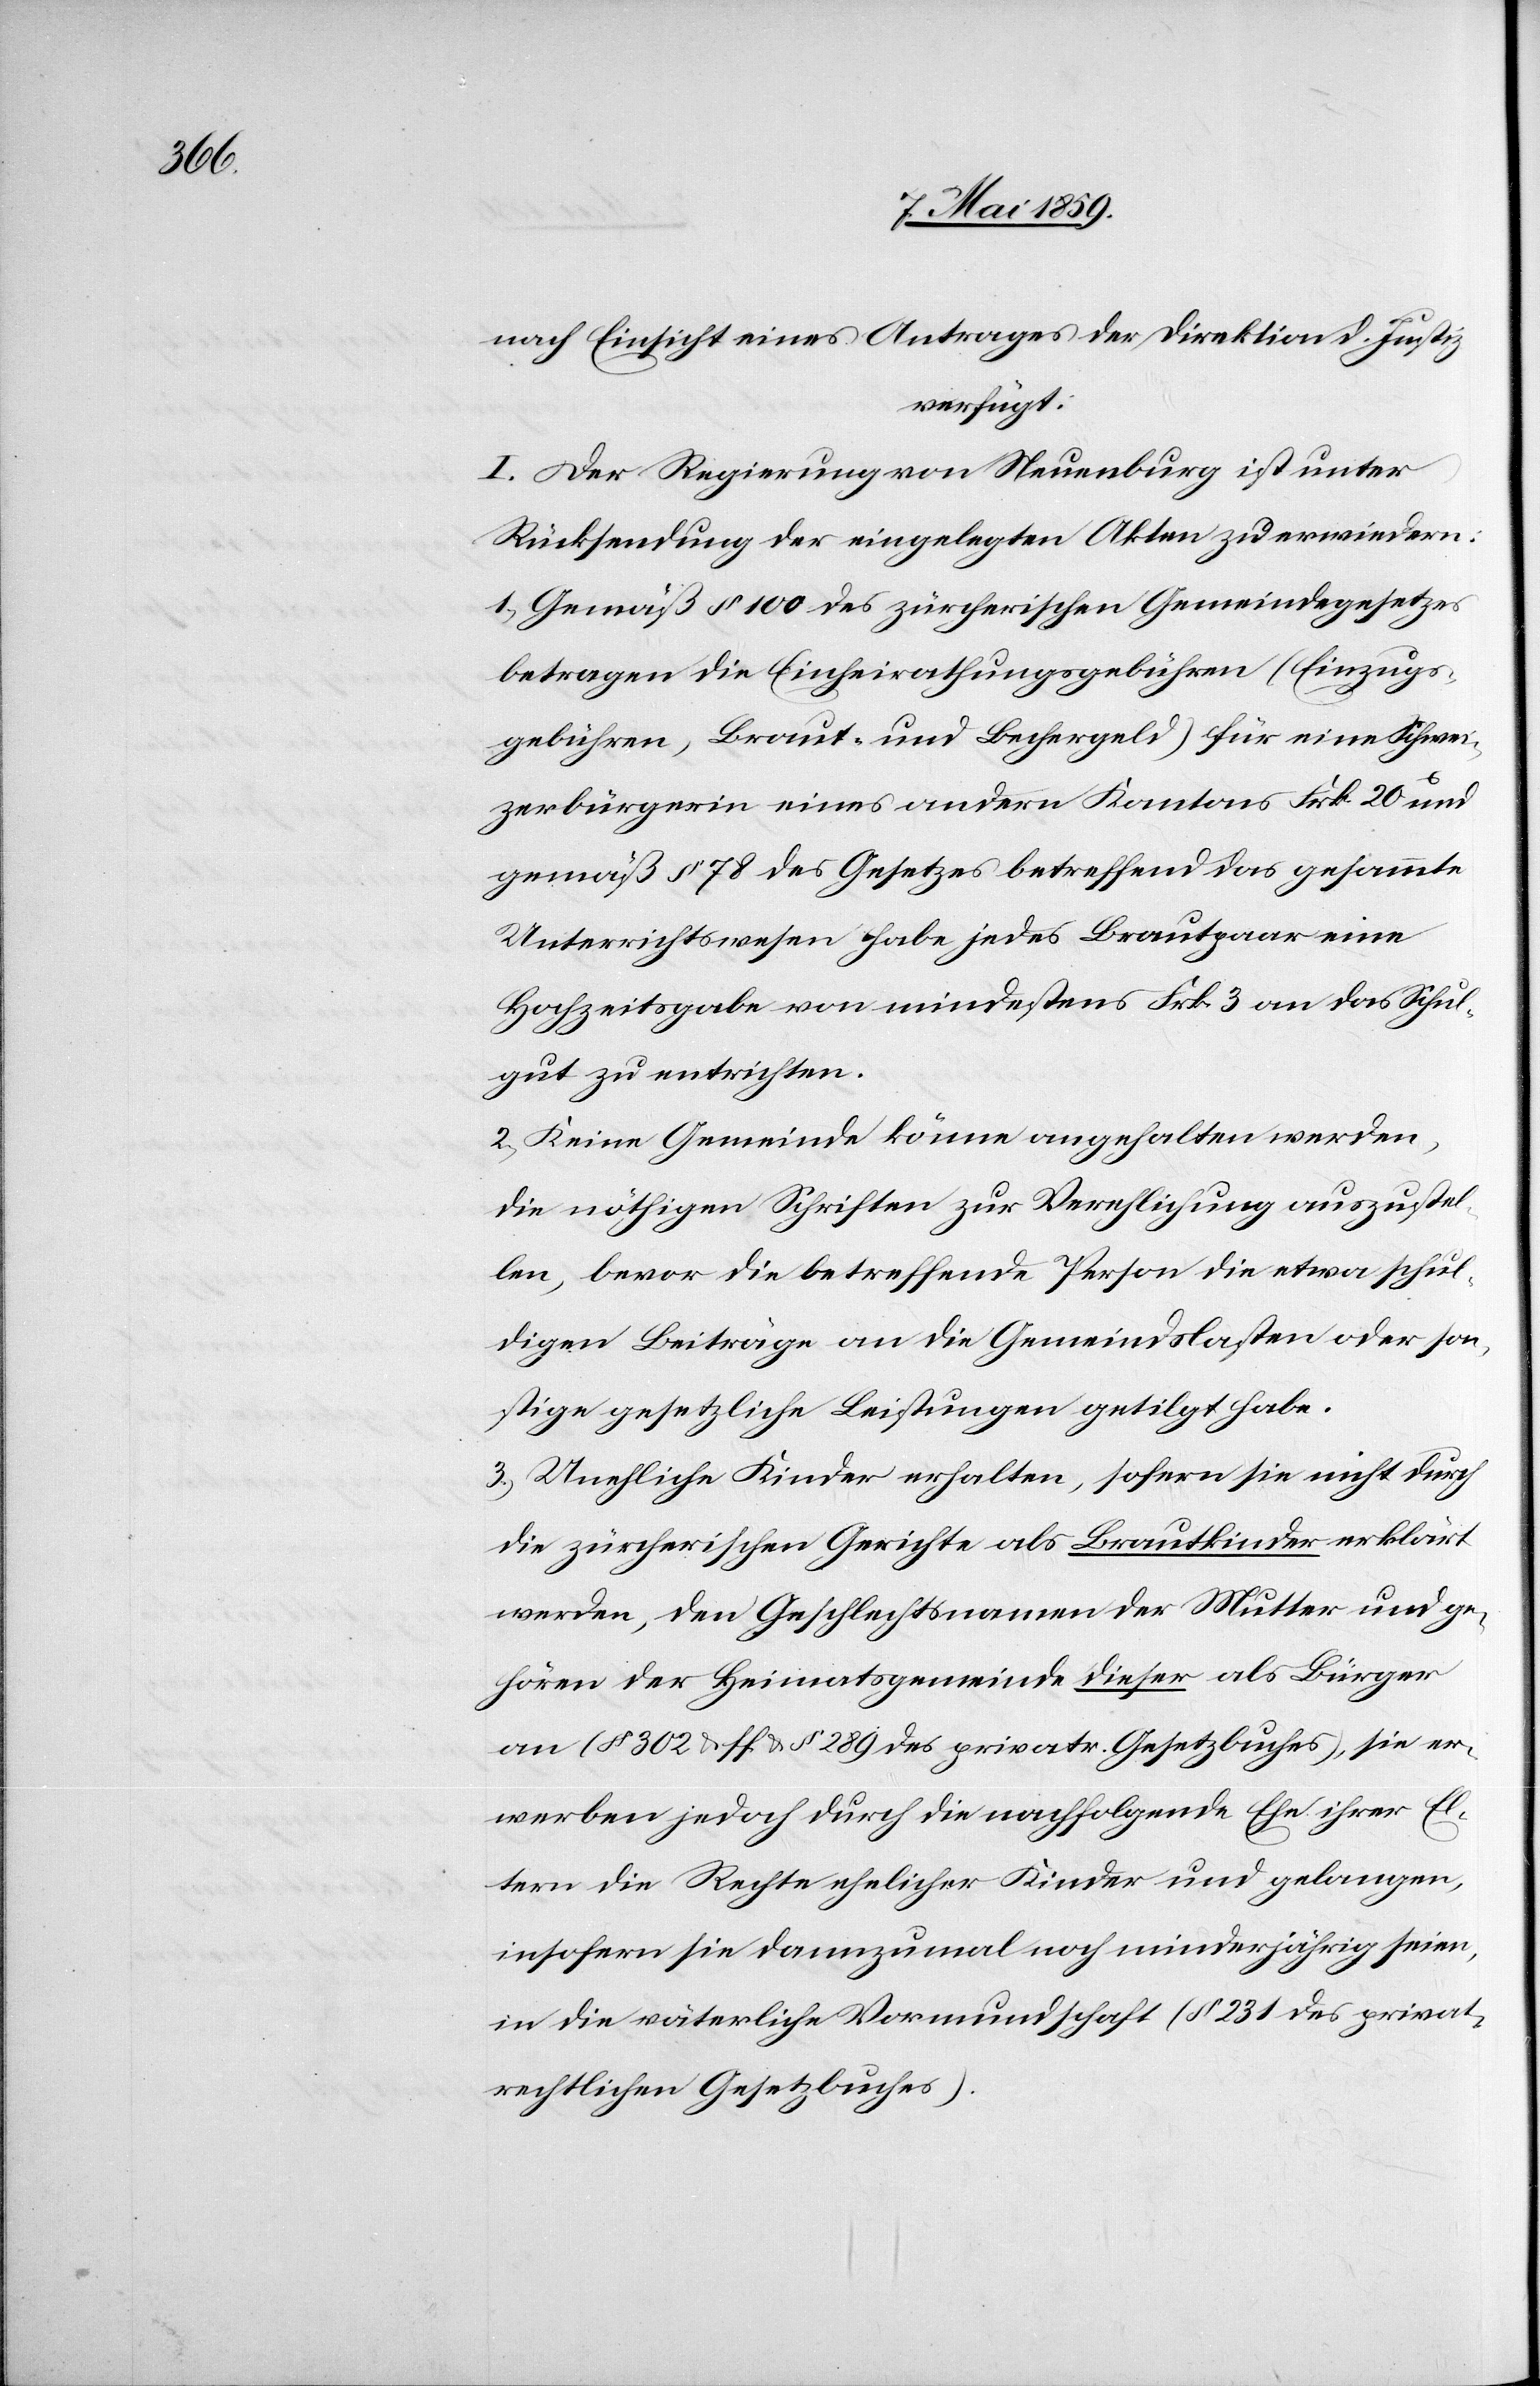
nach Einsicht eines Antrages der Direktion d. Justiz
verfügt:
I. Der Regierung von Neuenburg ist unter
Rücksendung der eingelegten Akten zu erwiedern:
1) Gemäß § 100 des zürcherischen Gemeindegesetzes
betragen die Einheirathungsgebühren (Einzugs¬
gebühren, Braut- und Bechergeld) für eine Schwei¬
zerbürgerin eines andern Kantons Frk. 20 und
gemäß § 78 des Gesetzes betreffend das gesammte
Unterrichtswesen habe jedes Brautpaar eine
Hochzeitsgabe von mindestens Frk. 3 an das Schul¬
gut zu entrichten.
2) Keine Gemeinde könne angehalten werden,
die nöthigen Schriften zur Verehlichung auszustel¬
len, bevor die betreffende Person die etwa schul¬
digen Beiträge an die Gemeindslasten oder son¬
stige gesetzliche Leistung getilgt habe.
3) Unehliche Kinder erhalten, sofern sie nicht durch
die zürcherischen Gerichte als Brautkinder erklärt
werden, den Geschlechtsnamen der Mutter und ge¬
hören der Heimatsgemeinde dieser als Bürger
an (§ 302 & ff & § 289 des privatr. Gesetzbuches), sie er¬
werben jedoch durch die nachfolgende Ehe ihrer El¬
tern die Rechte ehelicher Kinder und gelangen,
insofern sie dannzumal noch minderjährig seien,
in die väterliche Vormundschaft (§ 231 des privat¬
rechtlichen Gesetzbuches).